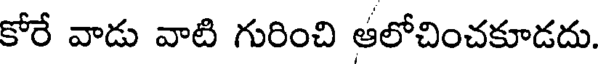
కోరే వాడు వాటి గురించి ఆలోచించకూడదు.